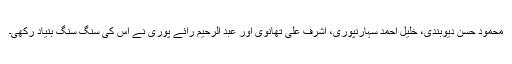
محمود حسن دیوبندی، خلیل احمد سہارنپوری، اشرف علی تھانوی اور عبد الرحیم رائے پوری نے اس کی سنگ سنگ بنیاد رکھی۔